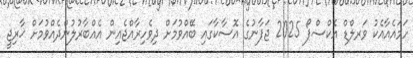
ހަމައެއާއެކު ވަރލްޑް އެކްސްޕޯ 2025 ޖަޕާނުގެ އޮސާކާގައި ބޭއްވުމަށް ދިވެހިރާއްޖެއިން އެއްބާރުލުންދެއްވުމަށް ޚާރިޖީ